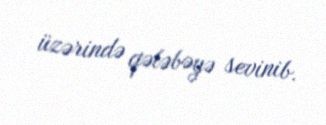
üzərində qələbəyə sevinib.